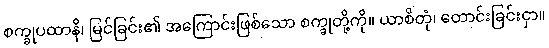
စက္ခုပထာနိ၊ မြင်ခြင်း၏ အကြောင်းဖြစ်သော စက္ခုတို့ကို။ ယာစိတုံ၊ တောင်းခြင်းငှာ။